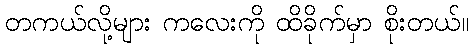
တကယ်လို့များ ကလေးကို ထိခိုက်မှာ စိုးတယ်။